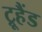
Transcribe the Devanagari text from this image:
ट्रूहैंड